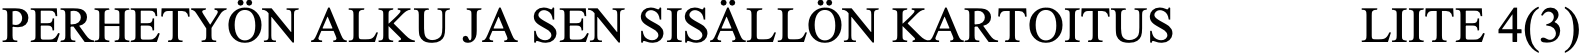
PERHETYÖN ALKU JA SEN SISÄLLÖN KARTOITUS     LIITE 4(3)